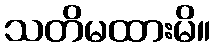
သတိမထားမိ။